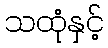
သထုံနှင့်